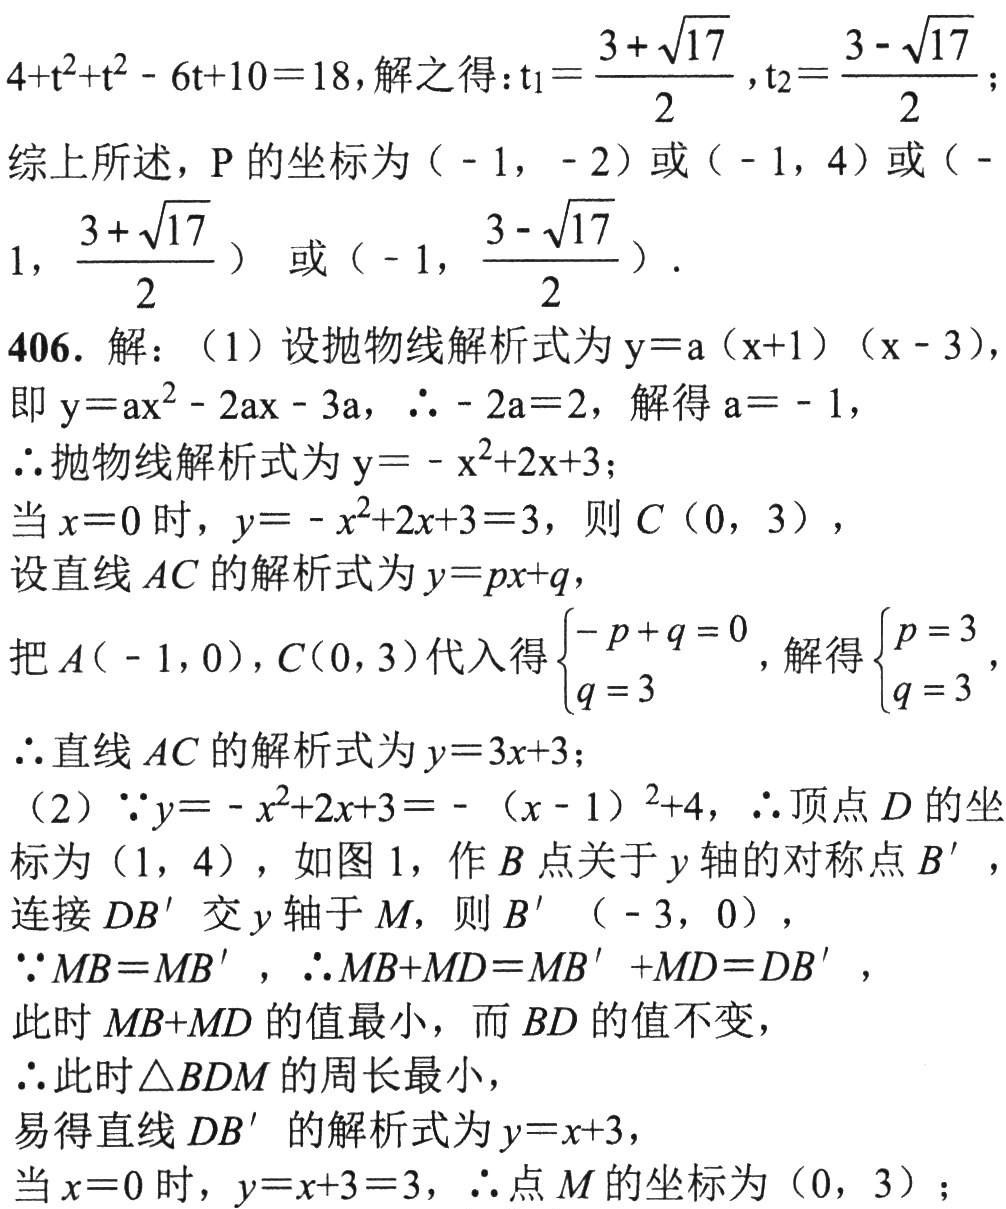
\(4 + t^{2}+t^{2}-6t + 10 = 18\), 解之得：\(t_{1}=\frac{3+\sqrt{17}}{2},t_{2}=\frac{3 - \sqrt{17}}{2}\);
综上所述，\(P\)的坐标为\((-1,-2)\)或\((-1,4)\)或\((-1,\frac{3+\sqrt{17}}{2})\) 或\((-1,\frac{3 - \sqrt{17}}{2})\).
406. 解：(1) 设抛物线解析式为\(y = a(x + 1)(x - 3)\),
即\(y=ax^{2}-2ax - 3a\), \(\therefore - 2a = 2\), 解得\(a=-1\),
\(\therefore\)抛物线解析式为\(y=-x^{2}+2x + 3\);
当\(x = 0\)时，\(y=-x^{2}+2x + 3 = 3\), 则\(C(0,3)\),
设直线\(AC\)的解析式为\(y = px+q\),
把\(A(-1,0)\), \(C(0,3)\)代入得\(\begin{cases}-p + q = 0\\q = 3\end{cases}\), 解得\(\begin{cases}p = 3\\q = 3\end{cases}\),
\(\therefore\)直线\(AC\)的解析式为\(y = 3x+3\);
(2) \(\because y=-x^{2}+2x + 3=-(x - 1)^{2}+4\), \(\therefore\)顶点\(D\)的坐标为\((1,4)\), 如图1，作\(B\)点关于\(y\)轴的对称点\(B'\),
连接\(DB'\)交\(y\)轴于\(M\), 则\(B'(-3,0)\),
\(\because MB = MB'\), \(\therefore MB+MD=MB'+MD = DB'\),
此时\(MB + MD\)的值最小，而\(BD\)的值不变，
\(\therefore\)此时\(\triangle BDM\)的周长最小，
易得直线\(DB'\)的解析式为\(y = x+3\),
当\(x = 0\)时，\(y=x + 3 = 3\), \(\therefore\)点\(M\)的坐标为\((0,3)\);